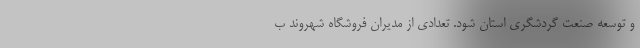
و توسعه صنعت گردشگری استان شود. تعدادی از مدیران فروشگاه شهروند ب